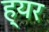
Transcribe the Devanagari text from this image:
ह्यर